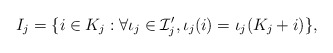
\begin{align*}I_j=\{i\in K_{j}:\forall \iota_j\in\mathcal{I}'_j, \iota_j(i)=\iota_j(K_{j}+i)\},\end{align*}